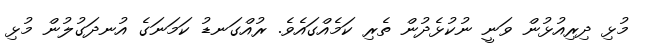
މުޅި ދިރިއުޅުން ވަނީ ނުކުޅެދުން ތެރި ކަމެއްގައެވެ. ރުއްގަނޑު ކަމަނަގެ އުނދަގުލުން މުޅި